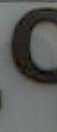
ዋ